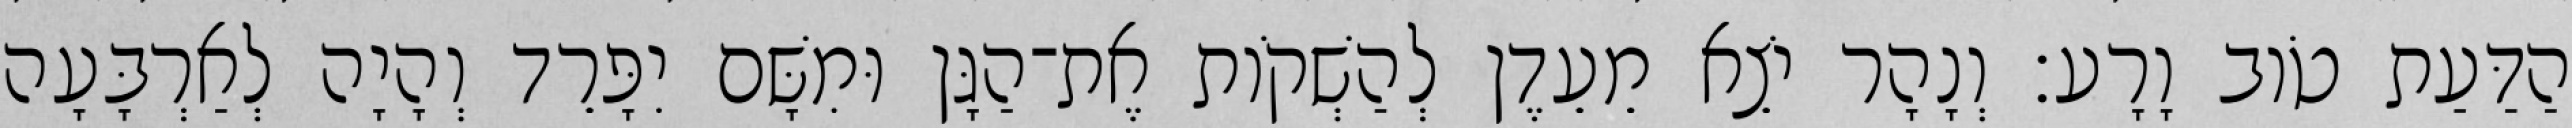
הַדַּעַת טֹוב וָרָע׃ וְנָהָר יֹצֵא מֵעֵדֶן לְהַשְׁקֹות אֶת־הַגָּן וּמִשָּׁם יִפָּרֵד וְהָיָה לְאַרְבָּעָה